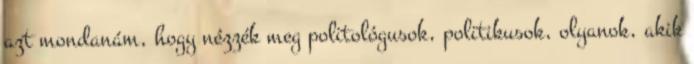
azt mondanám, hogy nézzék meg politológusok, politikusok, olyanok, akik